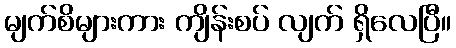
မျက်စိများကား ကျိန်းစပ် လျက် ရှိလေပြီ။